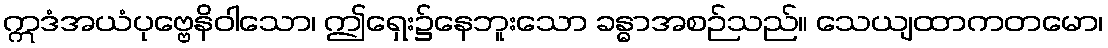
ဣဒံအယံပုဗ္ဗေနိဝါသော၊ ဤရှေး၌နေဘူးသော ခန္ဓာအစဉ်သည်။ သေယျထာကတမော၊